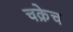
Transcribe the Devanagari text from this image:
चक्रेच